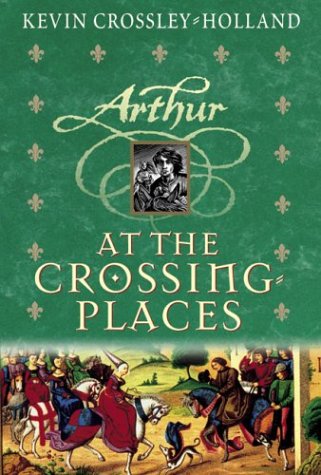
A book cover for At The Crossing Places (hc) (Arthur Trilogy); Kevin Crossley-Holland; Children's Books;